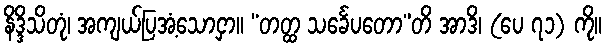
နိဒ္ဒိသိတုံ၊ အကျယ်ပြအံ့သောငှာ။ “တတ္ထ သင်္ခေပတော”တိ အာဒိ၊ (ပေ ၇၁) ကို။